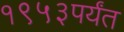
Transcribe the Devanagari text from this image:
१९५३पर्यंत